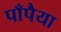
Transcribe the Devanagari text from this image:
पाँपैया